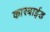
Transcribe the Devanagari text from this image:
कारबाईड